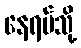
နေရပ်သို့